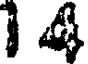
14